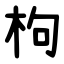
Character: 枸